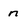
Character: n